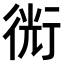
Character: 𧗯